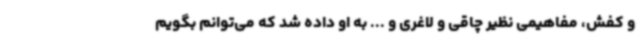
و کفش، مفاهیمی نظیر چاقی و لاغری و ... به او داده شد که می‌توانم بگویم